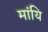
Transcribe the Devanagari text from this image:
मांयि